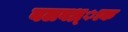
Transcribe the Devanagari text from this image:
बलवध्र्ाक